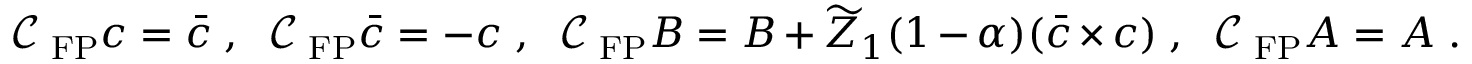
\mathcal { C } _ { \mathrm { \tiny ~ F P } } c = \bar { c } \; , \; \; \mathcal { C } _ { \mathrm { \tiny ~ F P } } \bar { c } = - c \; , \; \; \mathcal { C } _ { \mathrm { \tiny ~ F P } } B = B + \widetilde Z _ { 1 } ( 1 - \alpha ) ( \bar { c } \times c ) \; , \; \; \mathcal { C } _ { \mathrm { \tiny ~ F P } } A = A \; .